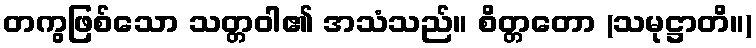
တကွဖြစ်သော သတ္တဝါ၏ အသံသည်။ စိတ္တတော (သမုဋ္ဌာတိ။)